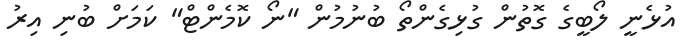
އުޅެނީ ލޯބީގެ ގޮތުން ގުޅިގެންތޯ ބުނުމުން "ނޯ ކޮމެންޓް" ކަމަށް ބުނި އިރު